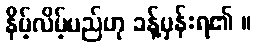
နိမ့်လိမ့်မည်ဟု ခန့်မှန်းရ၏ ။